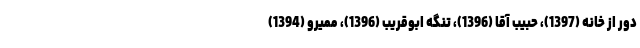
دور از خانه (1397)، حبیب آقا (1396)، تنگه ابوقریب (1396)، ممیرو (1394)